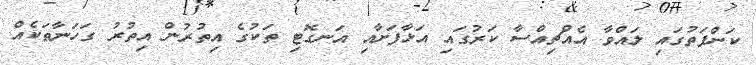
ކަންފަތުގައި ލައްވާ އެއްޗިއްސާ ކަރުގައި އަޅާފަށާއި އަނގޮޓި ތަކުގެ އިތުރުން އިތުރު ގަހަނާތަކެއް